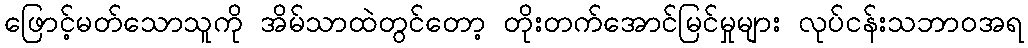
ဖြောင့်မတ်သောသူကို အိမ်သာထဲတွင်တော့ တိုးတက်အောင်မြင်မှုများ လုပ်ငန်းသဘာဝအရ